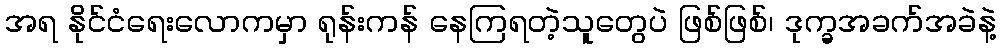
အရ နိုင်ငံရေးလောကမှာ ရုန်းကန် နေကြရတဲ့သူတွေပဲ ဖြစ်ဖြစ်၊ ဒုက္ခအခက်အခဲနဲ့